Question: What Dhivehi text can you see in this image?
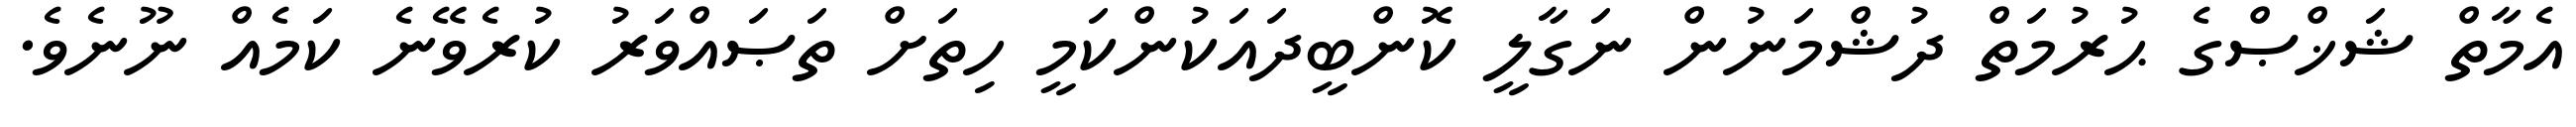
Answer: އެމާތް ޝަޚްޞްގެ ޙުރުމަތް ދުޝްމަނުން ނަގާލީ ކޮންބީދައަކުންކަމީ ހިތަށް ތަޞައްވަރު ކުރެވޭނެ ކަމެއް ނޫނެވެ.